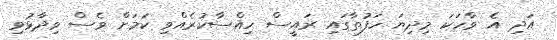
އަދި އެ ވާހަކަ މިދިޔަ ހަފުތާގައި ރައީސް ހިއްސާކުރެއްވި ކަމަށް ވެސް ވިދާޅުވި